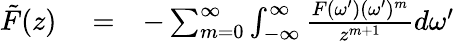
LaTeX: \begin{array}{rlr}{\tilde{F}(z)}&{{}=}&{-\sum_{m=0}^{\infty}\int_{-\infty}^{\infty}\frac{F(\omega^{\prime})(\omega^{\prime})^{m}}{z^{m+1}}d\omega^{\prime}}\end{array}